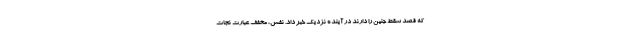
که قصد سقط جنین را دارند در آینده نزدیک خبر داد. نفس، مخفف عبارت نجات